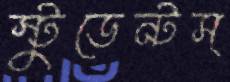
স্টুডেন্টস্